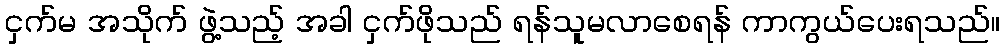
ငှက်မ အသိုက် ဖွဲ့သည့် အခါ ငှက်ဖိုသည် ရန်သူမလာစေရန် ကာကွယ်ပေးရသည်။